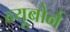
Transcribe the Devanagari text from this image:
न्यूबोर्न